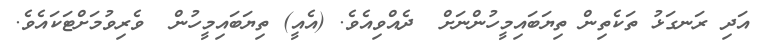
އަދި ރަނގަޅު ތަކެތިން ތިޔަބައިމީހުންނަށް  ދެއްވިއެވެ. (އެއީ) ތިޔަބައިމީހުން  ވެރިވުމަށްޓަކައެވެ.